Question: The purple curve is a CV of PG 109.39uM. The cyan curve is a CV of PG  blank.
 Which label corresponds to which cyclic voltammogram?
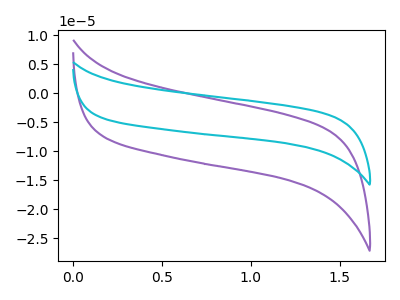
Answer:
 <answer>The purple curve is labeled "PG 109.39uM". The cyan curve is labeled "PG  blank".</answer>
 <eval></eval>